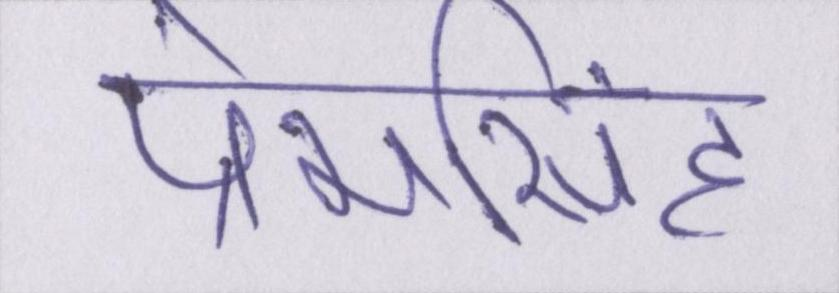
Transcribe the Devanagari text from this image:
प्रेमसिंह